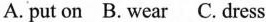
A.put on B. Wear C. Dress